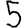
Digit: 5